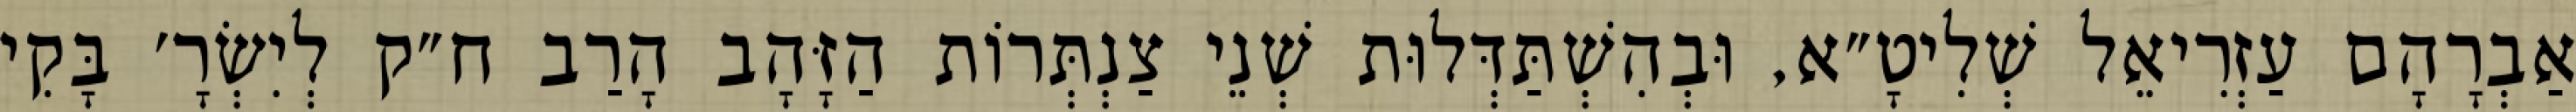
אַבְרָהָם עַזְרִיאֵל שְׁלִיטָ״א, וּבְהִשְׁתַּדְּלוּת שְׁנֵי צַנְתְּרוֹת הַזָּהָב הָרַב ח״ק לְיִשְׂרָ׳ בָּקִי